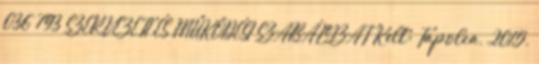
036 793 SZERVEZETI ÉS MŰKÖDÉSI SZABÁLYZAT Kelt: Tapolca, 2015.